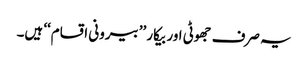
یہ صرف جھوٹی اور بیکار ’’بیرونی اقسام‘‘ ہیں۔